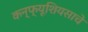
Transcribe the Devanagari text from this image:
कन्फ्यूशियसाचे